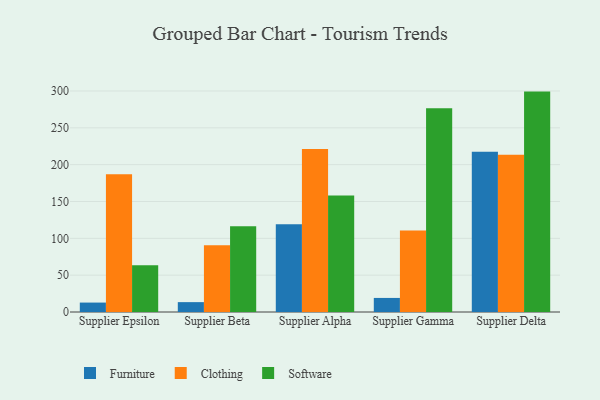
{"axis": {"x": "Supplier", "y": "Shipments"}, "legend": ["Clothing", "Furniture", "Software"], "data": [{"x": "Supplier Epsilon", "y": 12.8, "type": "Furniture"}, {"x": "Supplier Epsilon", "y": 187.1, "type": "Clothing"}, {"x": "Supplier Epsilon", "y": 63.3, "type": "Software"}, {"x": "Supplier Beta", "y": 13.4, "type": "Furniture"}, {"x": "Supplier Beta", "y": 90.5, "type": "Clothing"}, {"x": "Supplier Beta", "y": 116.5, "type": "Software"}, {"x": "Supplier Alpha", "y": 119.1, "type": "Furniture"}, {"x": "Supplier Alpha", "y": 221.4, "type": "Clothing"}, {"x": "Supplier Alpha", "y": 158.3, "type": "Software"}, {"x": "Supplier Gamma", "y": 19.1, "type": "Furniture"}, {"x": "Supplier Gamma", "y": 110.6, "type": "Clothing"}, {"x": "Supplier Gamma", "y": 276.5, "type": "Software"}, {"x": "Supplier Delta", "y": 217.5, "type": "Furniture"}, {"x": "Supplier Delta", "y": 213.6, "type": "Clothing"}, {"x": "Supplier Delta", "y": 299.2, "type": "Software"}]}